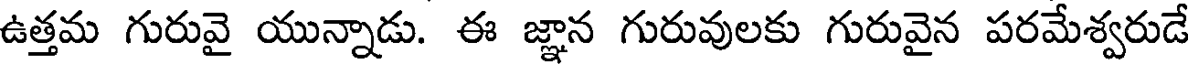
ఉత్తమ గురువై యున్నాడు. ఈ జ్ఞాన గురువులకు గురువైన పరమేశ్వరుడే